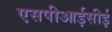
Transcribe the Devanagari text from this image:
एसपीआईसीई